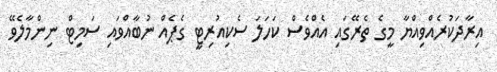
އިރާދަކުރެއްވިއްޔާ މީގެ ތެރޭގައި އެއްވެސް ކަހަލަ ސެކިއުރިޓީ ގެޕެއް ނުބާއްވައި ސަމިޓް ނިންމާލެވޭ